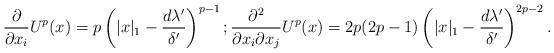
LaTeX: \begin{align*} \frac{\partial}{\partial x_i}U^p(x) = p\left( |x|_1 - \frac{d\lambda'}{\delta'}\right)^{p-1}; \frac{\partial^2}{\partial x_i \partial x_j}U^p(x) = 2p(2p-1)\left( |x|_1 - \frac{d\lambda'}{\delta'}\right)^{2p-2} . \end{align*}